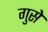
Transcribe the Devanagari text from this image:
गुसे